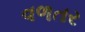
વળતર